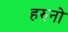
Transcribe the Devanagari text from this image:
हरुनो